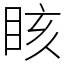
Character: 䀭